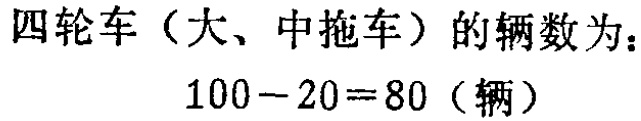
四轮车（大、中拖车）的辆数为：

\(100 - 20 = 80\)（辆）